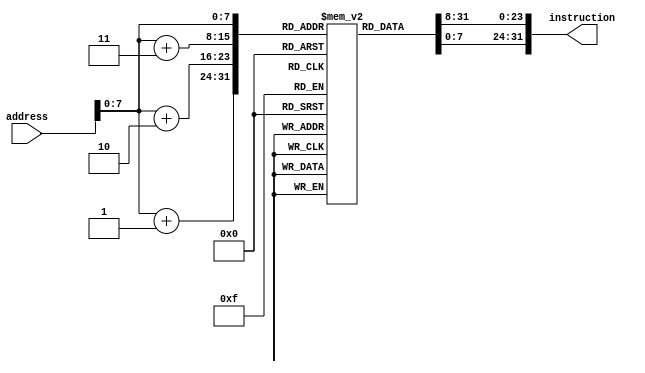
module InstructionMemory (
 input wire [31:0] address,
 output reg [31:0] instruction
);

 reg [7:0] memory [0:255];
 
 always @(*) begin
  instruction[31:24] = memory[address];	
  instruction[23:16] = memory[address+8'd1];
  instruction[15:8] = memory[address+8'd2];
  instruction[7:0] = memory[address+8'd3];
 end

endmodule